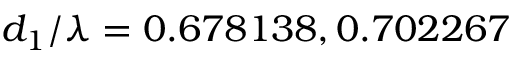
d _ { 1 } / \lambda = 0 . 6 7 8 1 3 8 , 0 . 7 0 2 2 6 7